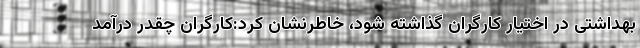
بهداشتی در اختیار کارگران گذاشته شود، خاطرنشان کرد:کارگران چقدر درآمد